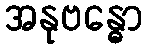
အနုဗန္ဓော